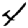
Digit: 4